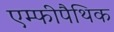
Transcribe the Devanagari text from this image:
एम्फीपैथिक